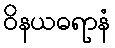
ဝိနယဓရာနံ